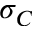
\sigma _ { C }